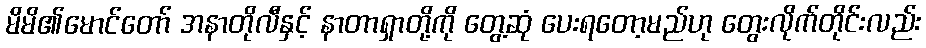
မိမိ၏မောင်တော် အနာတိုလီနှင့် နာတာရှာတို့ကို တွေ့ဆုံ ပေးရတော့မည်ဟု တွေးလိုက်တိုင်းလည်း